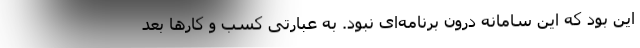
این بود که این سامانه درون برنامه‌ای نبود. به عبارتی کسب و کارها بعد